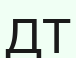
ДТ